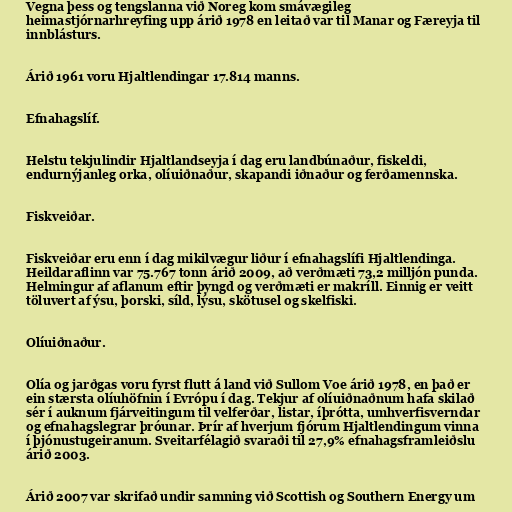
Vegna þess og tengslanna við Noreg kom smávægileg
heimastjórnarhreyfing upp árið 1978 en leitað var til Manar og Færeyja til
innblásturs.

Árið 1961 voru Hjaltlendingar 17.814 manns.

Efnahagslíf.

Helstu tekjulindir Hjaltlandseyja í dag eru landbúnaður, fiskeldi,
endurnýjanleg orka, olíuiðnaður, skapandi iðnaður og ferðamennska.

Fiskveiðar.

Fiskveiðar eru enn í dag mikilvægur liður í efnahagslífi Hjaltlendinga.
Heildaraflinn var 75.767 tonn árið 2009, að verðmæti 73,2 milljón punda.
Helmingur af aflanum eftir þyngd og verðmæti er makríll. Einnig er veitt
töluvert af ýsu, þorski, síld, lýsu, skötusel og skelfiski.

Olíuiðnaður.

Olía og jarðgas voru fyrst flutt á land við Sullom Voe árið 1978, en það er
ein stærsta olíuhöfnin í Evrópu í dag. Tekjur af olíuiðnaðnum hafa skilað
sér í auknum fjárveitingum til velferðar, listar, íþrótta, umhverfisverndar
og efnahagslegrar þróunar. Þrír af hverjum fjórum Hjaltlendingum vinna
í þjónustugeiranum. Sveitarfélagið svaraði til 27,9% efnahagsframleiðslu
árið 2003.

Árið 2007 var skrifað undir samning við Scottish og Southern Energy um